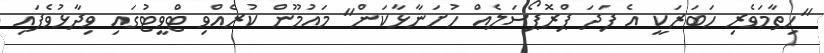
"ހިތާމަވެރި ހަބަރަކީ އެ ފަދަ ޕްރޮޕޯސަލެއް ހުށަނާޅާކަން" މައުމޫން ކުރެއްވި ޓްވީޓުގައި ވިދާޅުވެފައި